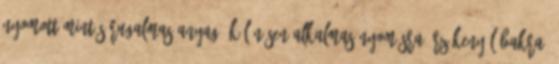
nyomott mintás rugalmas anyag, különösen alkalmas nyomásra érzékeny lábakra.